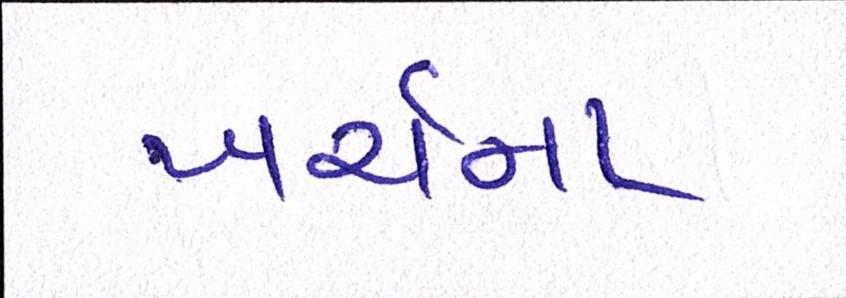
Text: ખર્ચના